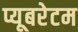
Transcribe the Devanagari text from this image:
प्यूबरेटम